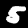
Digit: 5